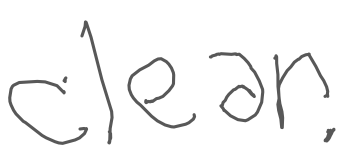
Text: Clear.
Cross-out: clean
Writing tool: digital_gray